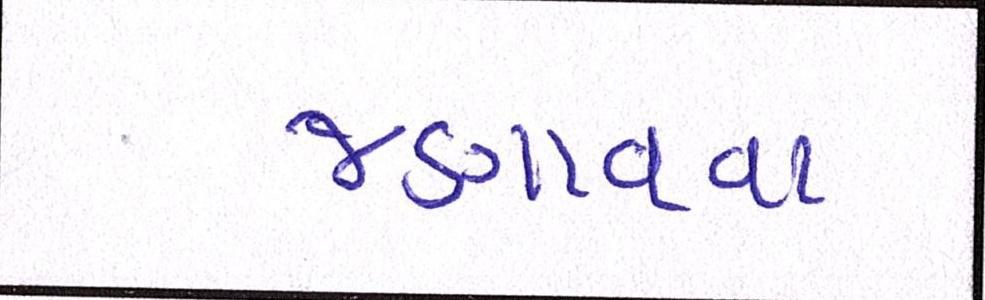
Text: જણાવવા